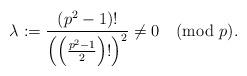
LaTeX: \begin{align*}\lambda :=\frac{(p^2-1)!}{\left(\left(\frac{p^2-1}{2}\right)!\right)^2}\neq 0\pmod p.\end{align*}